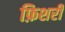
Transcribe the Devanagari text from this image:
फ़िशरी